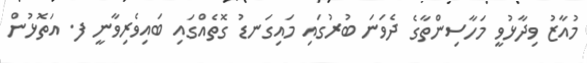
މުއާޒު ވިދާޅުވީ މަހާސިންތާގެ ދެވަނަ ބުރުގައި މައިގަނޑު ގޮތެއްގައި ބައިވެެރިވާނީ ފ. އަތޮޅުން